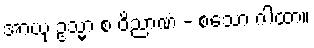
အာယု ဥသ္မာ စ ဝိညာဏံ - စသော ဂါထာ။